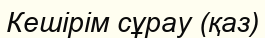
Кешірім сұрау (қаз)